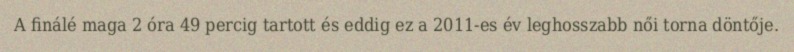
A finálé maga 2 óra 49 percig tartott és eddig ez a 2011-es év leghosszabb női torna döntője.